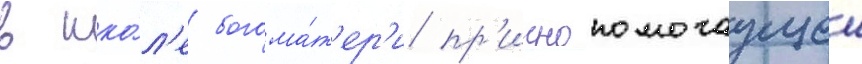
в шко́л'е богома́т'ер'и пр'иснопомогаущеи